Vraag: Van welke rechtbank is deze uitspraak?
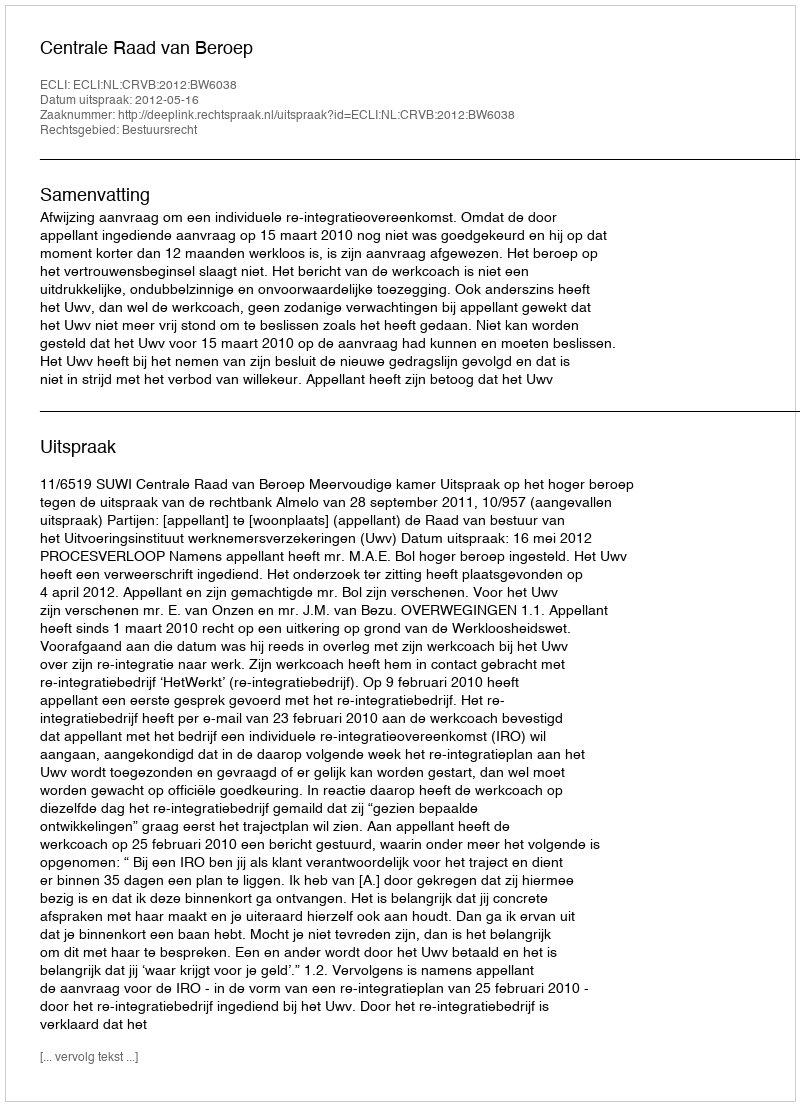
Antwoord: Centrale Raad van Beroep